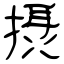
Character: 摂